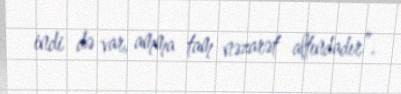
indi də var, amma tam nəzarət altındadır”.